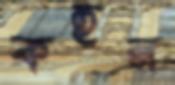
কহুন